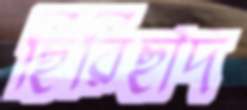
ছিরিছাদ